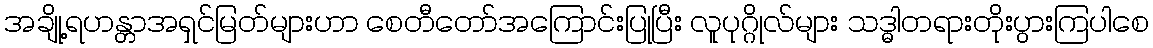
အချို့ရဟန္တာအရှင်မြတ်များဟာ စေတီတော်အကြောင်းပြုပြီး လူပုဂ္ဂိုလ်များ သဒ္ဓါတရားတိုးပွားကြပါစေ